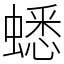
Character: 蟋